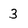
Character: 3